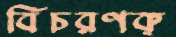
বিচরণক্